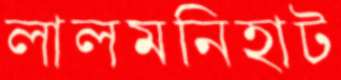
লালমনিহাট